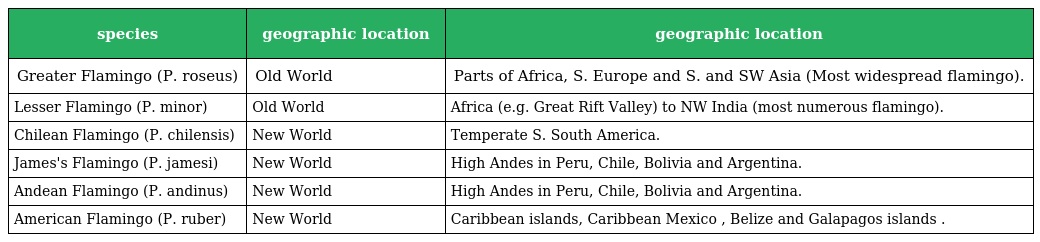
| species | geographic location | geographic location |
 | --- | --- | --- |
 | Greater Flamingo (P. roseus) | Old World | Parts of Africa, S. Europe and S. and SW Asia (Most widespread flamingo). |
 | Lesser Flamingo (P. minor) | Old World | Africa (e.g. Great Rift Valley) to NW India (most numerous flamingo). |
 | Chilean Flamingo (P. chilensis) | New World | Temperate S. South America. |
 | James's Flamingo (P. jamesi) | New World | High Andes in Peru, Chile, Bolivia and Argentina. |
 | Andean Flamingo (P. andinus) | New World | High Andes in Peru, Chile, Bolivia and Argentina. |
 | American Flamingo (P. ruber) | New World | Caribbean islands, Caribbean Mexico , Belize and Galapagos islands . |